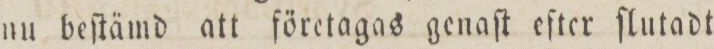
nu beſtämd att företagas genaſt eſter ſlutadt